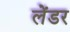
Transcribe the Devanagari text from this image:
लेंडर